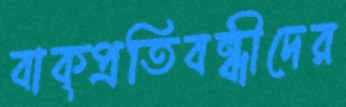
বাক্প্রতিবন্ধীদের